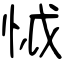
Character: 怴